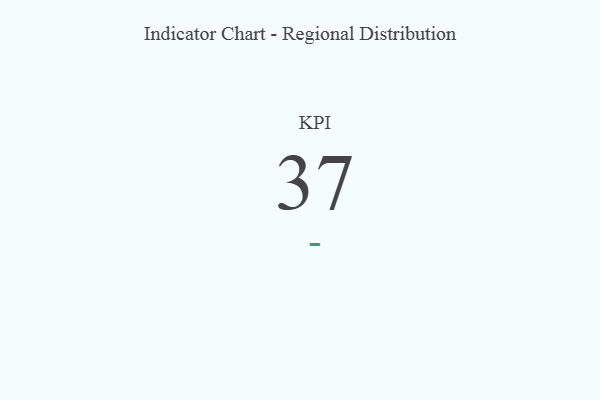
{"axis": {"x": "KPI", "y": "Value"}, "legend": [""], "data": [{"x": "KPI", "y": 37, "type": ""}]}